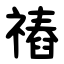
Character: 䄝